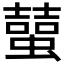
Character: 𧑭